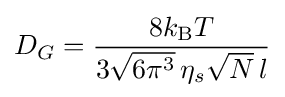
D_{G}={\frac {8k_{\mathrm {B} }T}{3{\sqrt {6\pi ^{3}}}\,\eta _{s}{\sqrt {N}}\,l}}